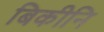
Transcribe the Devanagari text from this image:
बिकीनि